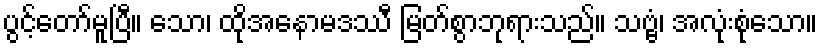
ပွင့်တော်မူပြီ။ သော၊ ထိုအနောမဒဿီ မြတ်စွာဘုရားသည်။ သဗ္ဗံ၊ အလုံးစုံသော။